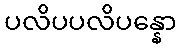
ပလိပပလိပန္နော